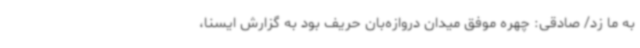
به ما زد/ صادقی: چهره موفق میدان دروازه‌بان حریف بود به گزارش ایسنا،